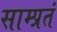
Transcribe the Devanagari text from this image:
साम्प्रतं